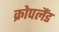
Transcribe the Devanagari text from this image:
क्रोपलैंड